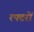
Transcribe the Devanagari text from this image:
रफ्टरों